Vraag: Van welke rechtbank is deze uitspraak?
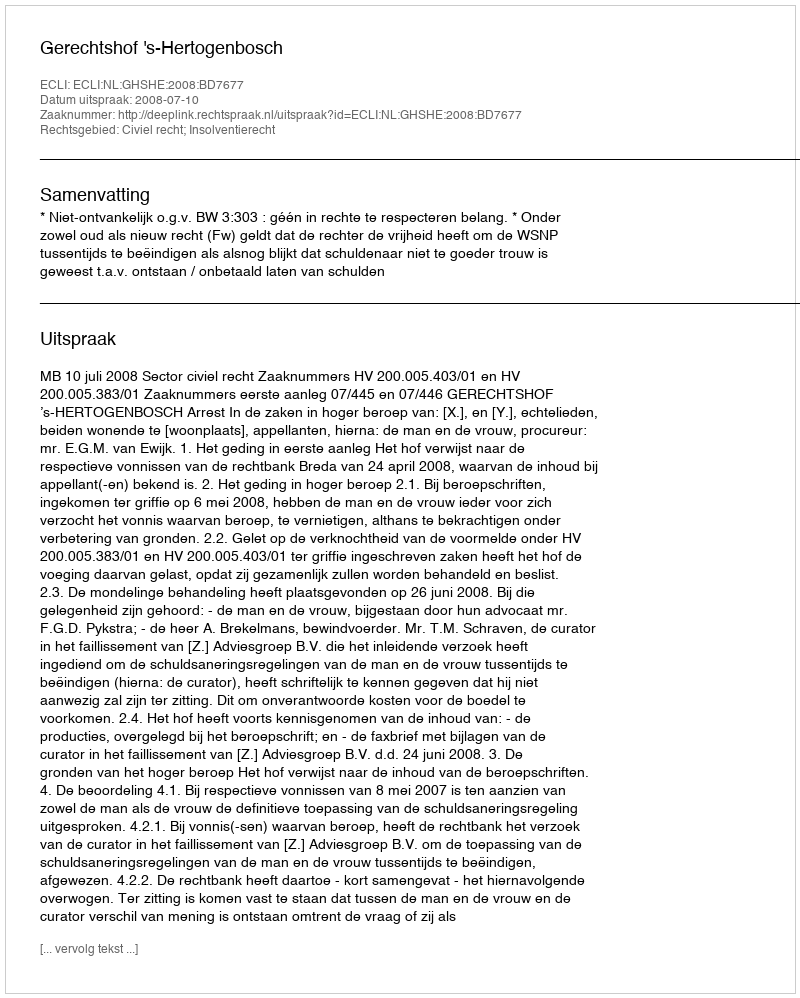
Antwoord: Gerechtshof 's-Hertogenbosch